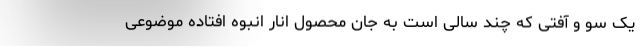
یک سو و آفتی که چند سالی است به جان محصول انار انبوه افتاده موضوعی